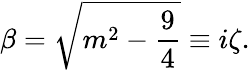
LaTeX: \beta=\sqrt{m^{2}-\frac{9}{4}}\equiv i\zeta.